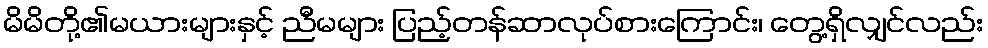
မိမိတို့၏မယားများနှင့် ညီမများ ပြည့်တန်ဆာလုပ်စားကြောင်း၊ တွေ့ရှိလျှင်လည်း